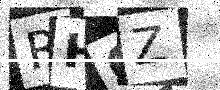
Text: RH6Z